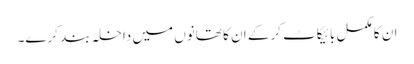
ان کا مکمل بائیکاٹ کرکے ان کا تھانوں میں داخلہ بند کرے۔